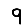
Digit: 9